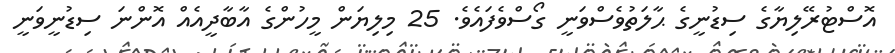
އޮސްޓުރޭލިޔާގެ ސިޑުނީގެ ޙާލަތުވެސްވަނީ ގޯސްވެފައެވެ. 25 މިލިޔަން މީހުންގެ އާބާދީއެއް އޮންނަ ސިޑުނީވަނީ